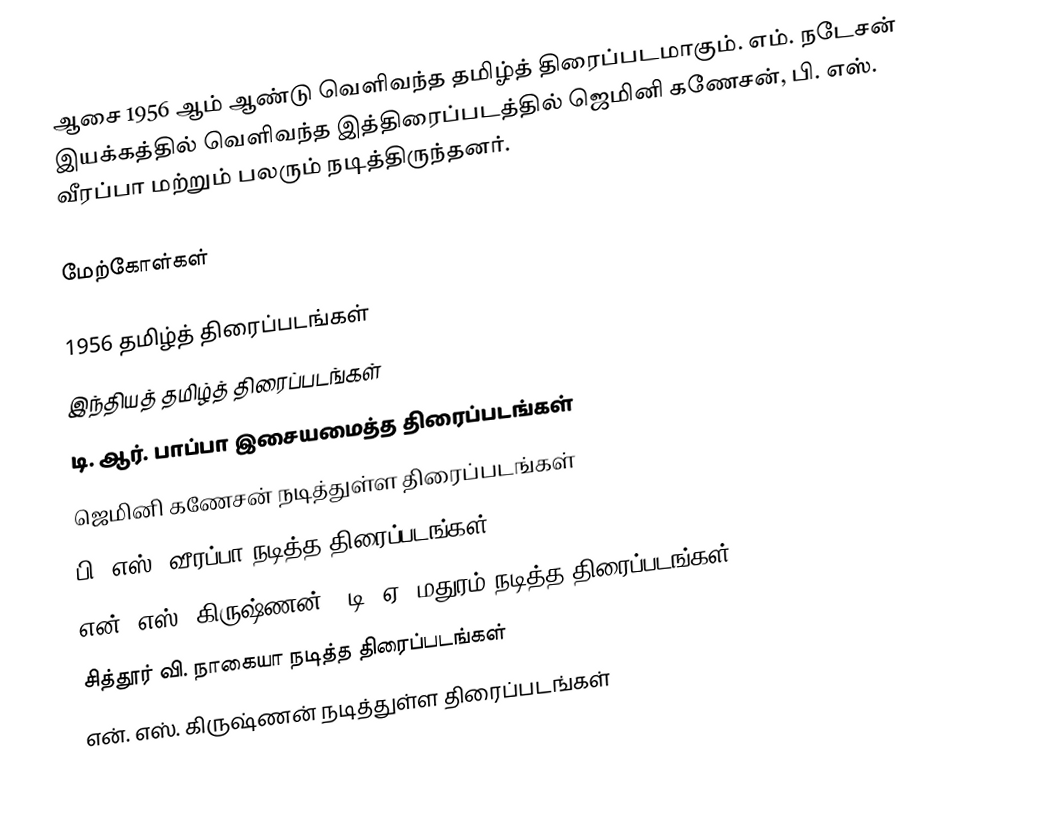
ஆசை 1956 ஆம் ஆண்டு வெளிவந்த தமிழ்த் திரைப்படமாகும். எம். நடேசன் இயக்கத்தில் வெளிவந்த இத்திரைப்படத்தில் ஜெமினி கணேசன், பி. எஸ். வீரப்பா மற்றும் பலரும் நடித்திருந்தனர்.

மேற்கோள்கள்

1956 தமிழ்த் திரைப்படங்கள்
இந்தியத் தமிழ்த் திரைப்படங்கள்
டி. ஆர். பாப்பா இசையமைத்த திரைப்படங்கள்
ஜெமினி கணேசன் நடித்துள்ள திரைப்படங்கள்
பி. எஸ். வீரப்பா நடித்த திரைப்படங்கள்
என். எஸ். கிருஷ்ணன் - டி. ஏ. மதுரம் நடித்த திரைப்படங்கள்
சித்தூர் வி. நாகையா நடித்த திரைப்படங்கள்
என். எஸ். கிருஷ்ணன் நடித்துள்ள திரைப்படங்கள்